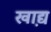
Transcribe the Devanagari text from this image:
खा़द्य